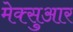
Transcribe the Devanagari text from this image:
मेक्सुआर